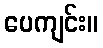
ပေကျင်း။